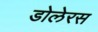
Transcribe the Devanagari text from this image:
डोलेरस